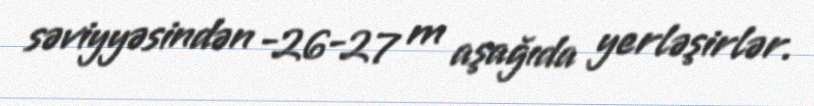
səviyyəsindən -26-27 m aşağıda yerləşirlər.